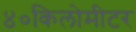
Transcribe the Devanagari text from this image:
४०किलोमीटर